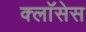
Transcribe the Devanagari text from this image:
क्लाॅसेस